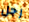
رجل